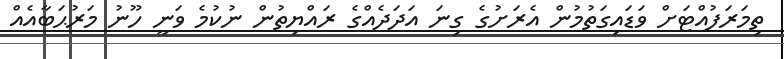
ތިމަރަފުއްޓަށް ވަޑައިގަތުމުން އެރަށުގެ ގިނަ އަދަދެއްގެ ރައްޔިތުން ނުކުމެ ވަނީ ހޫނު މަރުޙަބާއެއް